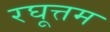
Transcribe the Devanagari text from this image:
रघूत्तम